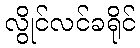
လွိုင်လင်ခရိုင်